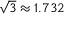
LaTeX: { \sqrt { 3 } } \approx 1 . 7 3 2